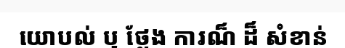
យោបល់ ឬ ថ្លែង ការណ៏ ដ៏ សំខាន់